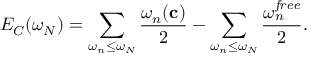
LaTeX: E _ { C } ( \omega _ { N } ) = \sum _ { \omega _ { n } \leq \omega _ { N } } { \frac { \omega _ { n } ( { \bf c } ) } { 2 } } - \sum _ { \omega _ { n } \leq \omega _ { N } } { \frac { \omega _ { n } ^ { \it f r e e } } { 2 } } .